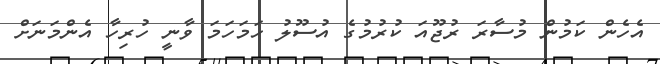
އެހެން ކަމުން މުސާރަ ރުޖޫއަ ކުރުމުގެ އުސޫލު ހަމަހަމަ ވާނީ ހުރިހާ އެންމަނަށް